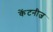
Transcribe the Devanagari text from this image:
केंटनीज